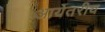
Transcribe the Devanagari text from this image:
आर्येतरीय